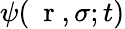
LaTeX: \psi(\mathrm{~\mathbf~r~},\sigma;t)